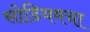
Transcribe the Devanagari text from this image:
सोडियमचा